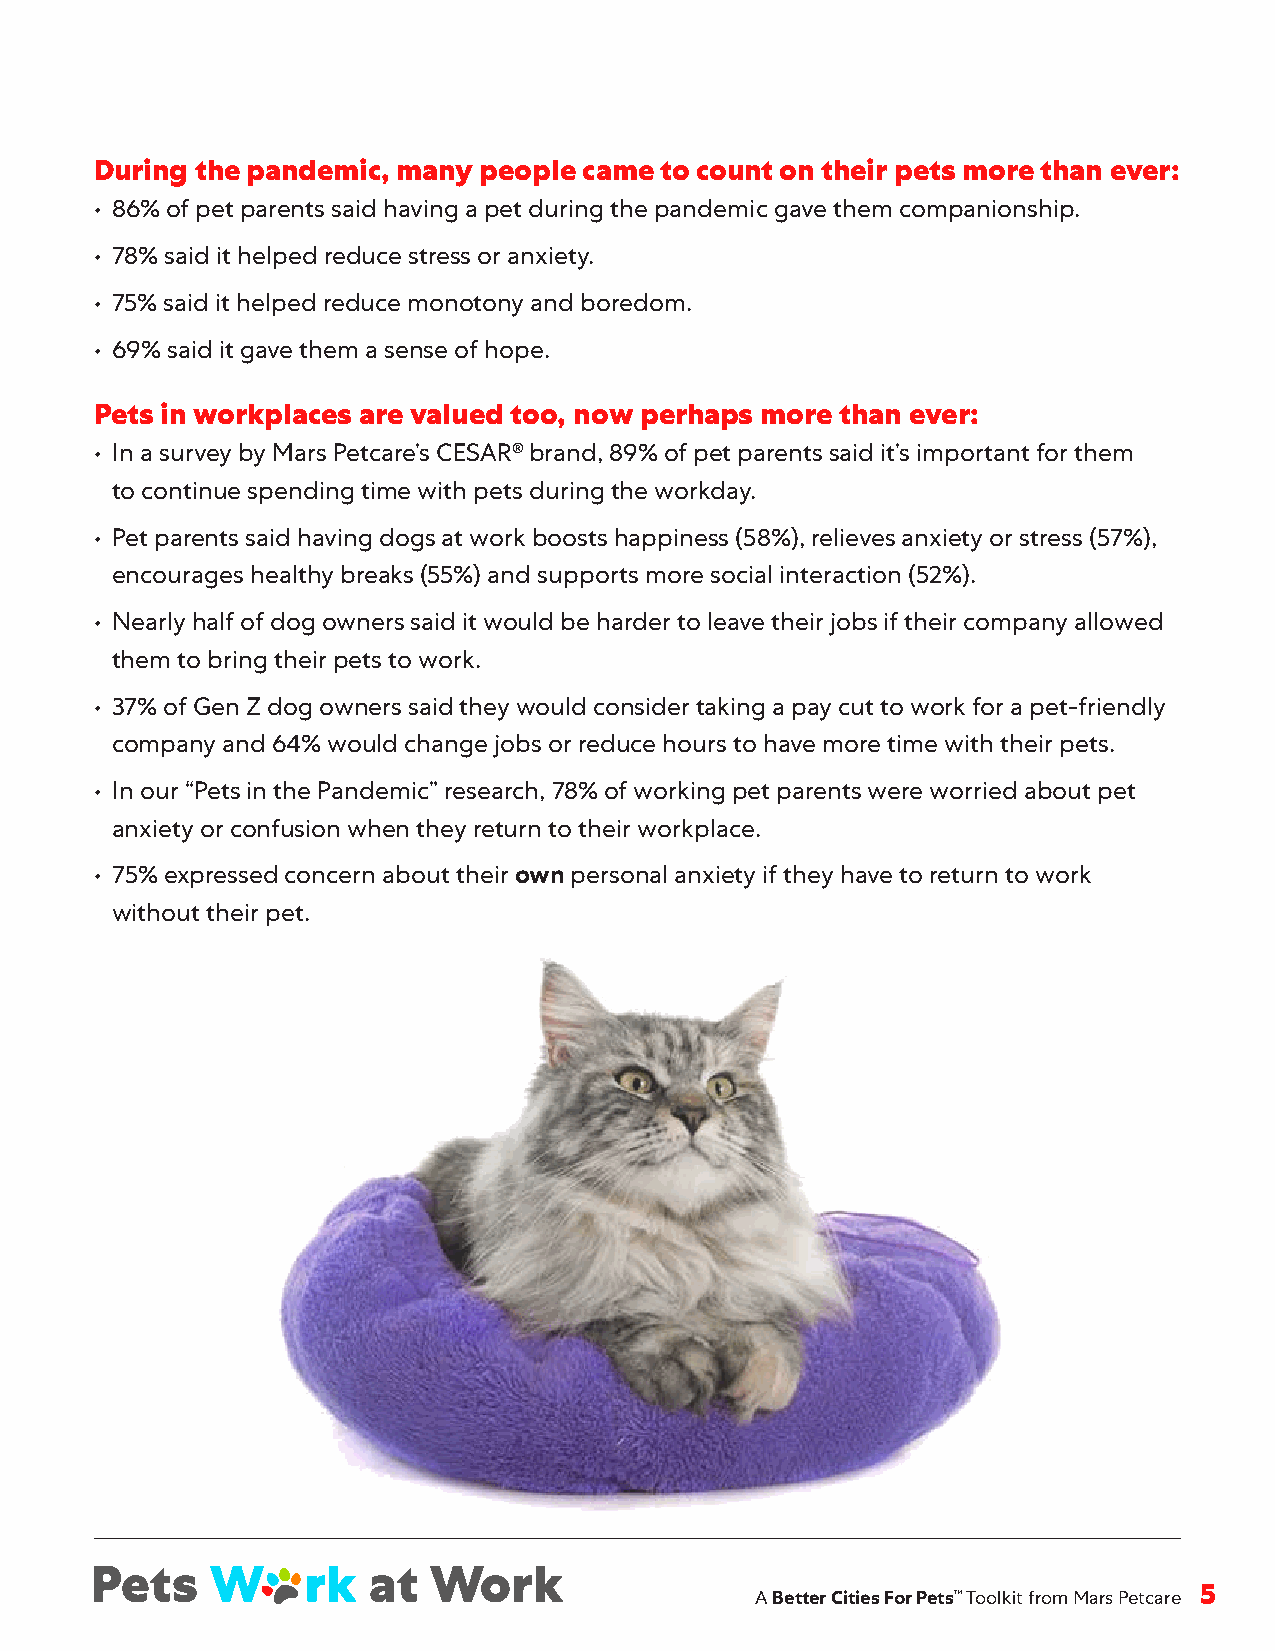
During the pandemic, many people came to count on their pets more than ever:
 • 86% of pet parents said having a pet during the pandemic gave them companionship .
 • 78% said it helped reduce stress or anxiety .
 • 75% said it helped reduce monotony and boredom .
 • 69% said it gave them a sense of hope .
 Pets in workplaces are valued too, now perhaps more than ever:
 • In a survey by Mars Petcare’s CESAR® brand, 89% of pet parents said it’s important for them
 to continue spending time with pets during the workday .
 • Pet parents said having dogs at work boosts happiness (58%), relieves anxiety or stress (57%),
 encourages healthy breaks (55%) and supports more social interaction (52%) .
 • Nearly half of dog owners said it would be harder to leave their jobs if their company allowed
 them to bring their pets to work .
 • 37% of Gen Z dog owners said they would consider taking a pay cut to work for a pet-friendly
 company and 64% would change jobs or reduce hours to have more time with their pets .
 • In our “Pets in the Pandemic” research, 78% of working pet parents were worried about pet
 anxiety or confusion when they return to their workplace .
 • 75% expressed concern about their own personal anxiety if they have to return to work
 without their pet .
 A Better Cities For Pets™ Toolkit from Mars Petcare 5